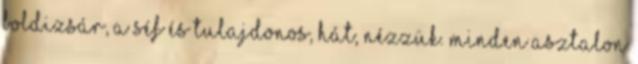
Boldizsár, a séf és tulajdonos, hát, nézzük. Minden asztalon